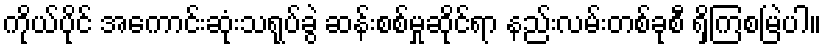
ကိုယ်ပိုင် အကောင်းဆုံးသရုပ်ခွဲ ဆန်းစစ်မှုဆိုင်ရာ နည်းလမ်းတစ်ခုစီ ရှိကြစမြဲပါ။